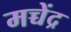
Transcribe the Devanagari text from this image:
मच्चेंद्र